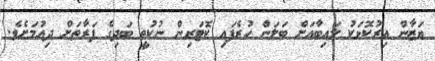
ޔަޒާން އިރުކޮޅަކު ލައިބާއަށް ބަލަން ހުރެފައި ކޮޓަރިން ނުކުތީ ބަދިގެ ފަރާތަށް ދިއުމަށެވެ.